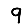
Digit: 9